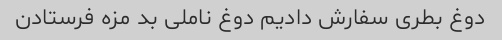
دوغ بطری سفارش دادیم دوغ ناملی بد مزه فرستادن